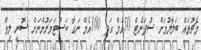
މެޗުތައް ބަލާލުމަށް ސުޕަނެޓް 50އެމް އަދި 100އެމް ނަގާ ކަސްޓަމަރުންނަށް ސޮނީ ލިވް